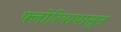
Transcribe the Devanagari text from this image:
फ्लोरियापासून